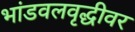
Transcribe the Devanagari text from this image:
भांडवलवृद्धीवर